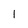
Character: 1